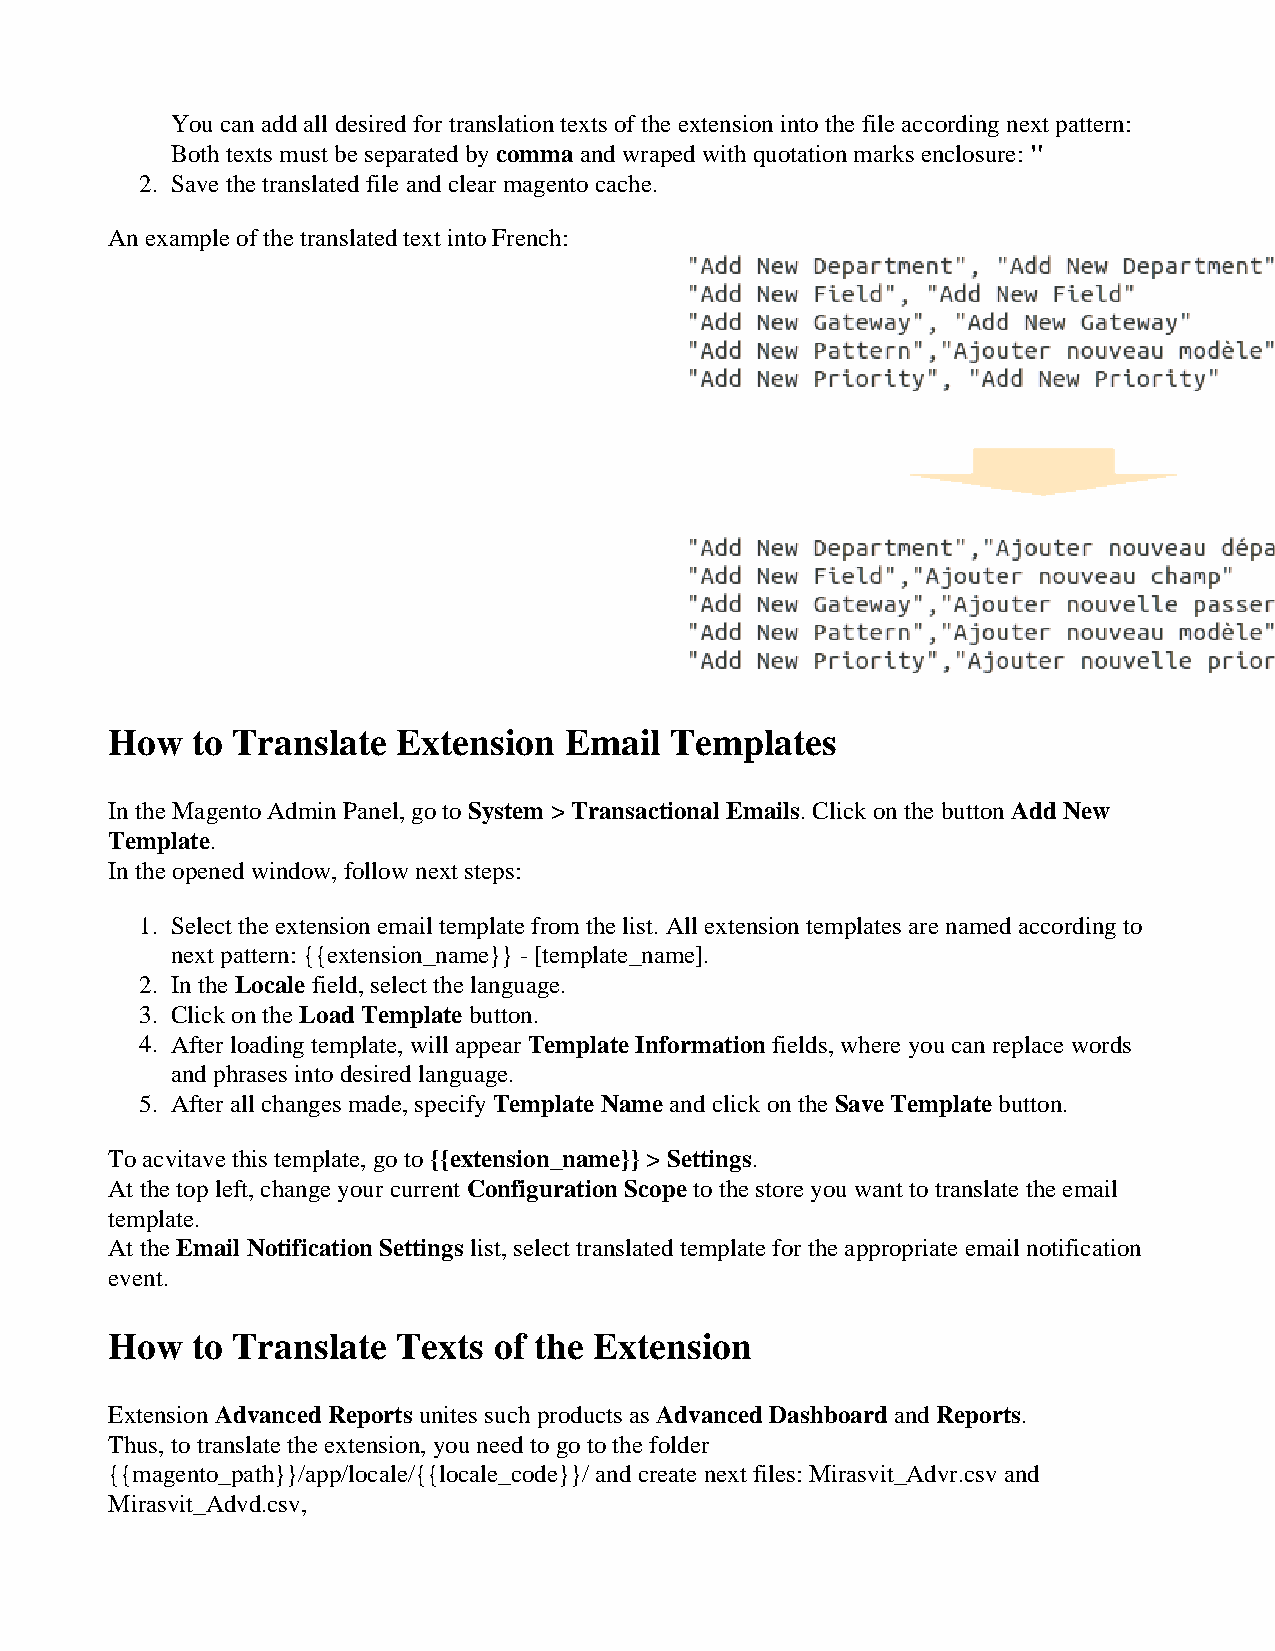
You can add all desired for translation texts of the extension into the file according next pattern:
 Both texts must be separated by comma and wraped with quotation marks enclosure: "
 2. Save the translated file and clear magento cache.
 An example of the translated text into French:
 How   to Translate Extension  Email  Templates
 In the Magento Admin Panel, go to System > Transactional Emails. Click on the button Add New
 Template.
 In the opened window, follow next steps:
 1. Select the extension email template from the list. All extension templates are named according to
 next pattern: {{extension_name}} - [template_name].
 2. In the Locale field, select the language.
 3. Click on the Load Template button.
 4. After loading template, will appear Template Information fields, where you can replace words
 and phrases into desired language.
 5. After all changes made, specify Template Name and click on the Save Template button.
 To acvitave this template, go to {{extension_name}} > Settings.
 At the top left, change your current Configuration Scope to the store you want to translate the email
 template.
 At the Email Notification Settings list, select translated template for the appropriate email notification
 event.
 How   to Translate Texts  of the Extension
 Extension Advanced Reports unites such products as Advanced Dashboard and Reports.
 Thus, to translate the extension, you need to go to the folder
 {{magento_path}}/app/locale/{{locale_code}}/ and create next files: Mirasvit_Advr.csv and
 Mirasvit_Advd.csv,